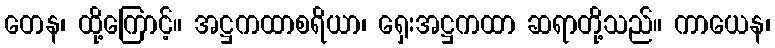
တေန၊ ထို့ကြောင့်။ အဋ္ဌကထာစရိယာ၊ ရှေးအဋ္ဌကထာ ဆရာတို့သည်။ ကာယေန၊